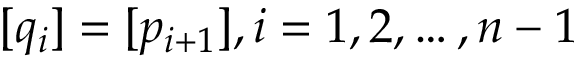
[ q _ { i } ] = [ p _ { i + 1 } ] , i = 1 , 2 , \dots , n - 1